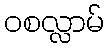
ဝစလ္လာမ်